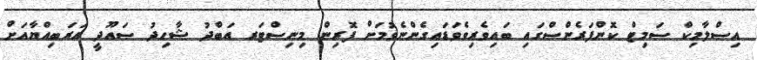
އިސްލާމިކް ސަމިޓް ކޮންފަރެންސްގައި ބައިވެރިވެވަޑައިގެންނެވުމަށް ފޮރިން މިނިސްޓަރ އަބްދު ޝާހިދު ސައޫދީ އަރަބިއްޔާއަށް